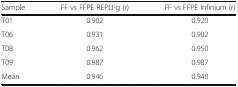
| Sample | FF vs FFPE REPLI-g (r) | FF vs FFPE Infinium (r) |
 | --- | --- | --- |
 | T01 | 0.902 | 0.920 |
 | T06 | 0.931 | 0.902 |
 | T08 | 0.962 | 0.950 |
 | T09 | 0.987 | 0.987 |
 | Mean | 0.946 | 0.940 |